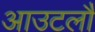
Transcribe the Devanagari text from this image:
आउटलौ